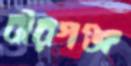
বীরগঞ্জ